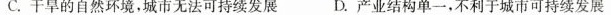
C.干旱的自然环境，城市无法可持续发展D.产业结构单一，不利于城市可持续发展